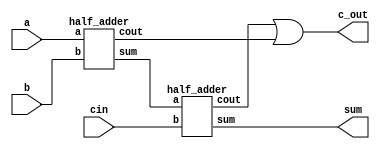
// verilog code Full Adder
module full_adder (
	input a,b,cin, 
	output sum, c_out);
  //sum0=sum of 1st half adder, cout0=carry out of 1st half adder, cout1=carry out of 2nd half adder
	wire sum0,cout0, cout1; 

	half_adder a1(a,b,sum0,cout0);
	half_adder a2(sum0,cin,sum,cout1);
	or a3(c_out,cout1,cout0);
	
	
endmodule


module half_adder(
	input a,b,
	output sum,cout);
	assign sum = a^b;
	assign cout = a*b;
endmodule